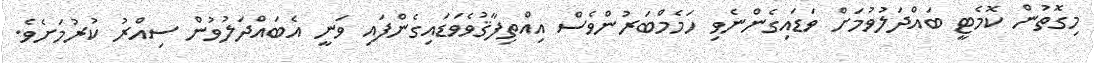
މިގޮތުން ކޮމެޓީ ބައްދަލުވުމަށް ވަޑައިގެންނެވި ހަމެމްބަރުންވެސް އިއްތިފާޤުވެވަޑައިގެންފައި ވަނީ އެބައްދަލުވުން ސިއްރު ކުރުމަށެވެ.